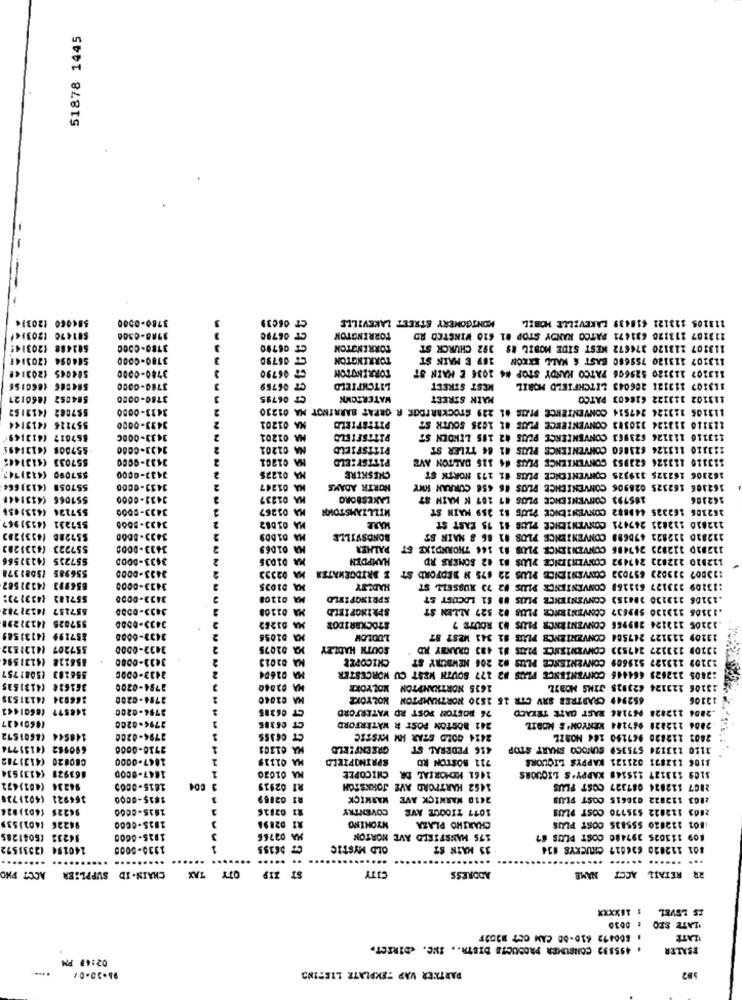
51878 1445
584060 120314
3780-0500
CT 06039
MONTGOMERY STREET LAKEVILLE
118105 113121 618439 LAKEVILLE MOBIL
501470 1203)</
CT 06780
TORRINGTON
113107 113120 631471 PATCO RANDY STOP #1 610 WINSTED RD
501488 120314
3780-0000
CT 06780
TORRENOTON
113107 213120 374672 WEST SIDE MOBIL #9 392 CHURCH ST
506094 (203141
3780-0000
CT 06790
TORRINGTON
113107 113120 755680 BAST & MALL EXKON 169 E MAIN ST
7 06790
TORRINGTON
113107 113120 525606 PATCO KANDY STOP #4 1036 E MAIN ST
3780-0000
3780-0000
CT 06759
LITCHFIELD
KEST STREET
113107 113121 206043 LITCHFIELD MORIL
584052 1860127
3780-0000
CT 06795
WATERTONK
MAIK STREET
113102 113322 618603 PATCO
5$7082 (413152
3433-0000
113105 113324 247514 CONVENIENCE PIAS A1 229 STOCKBRIDGE R GREAT BARRINOT NA 01230
557226 1413144
3433-0000
NA 01201
PITESPIELO
[13116 113124 320383 CONVENIENCE FLUS #1 1025 SOUTH ST
857017 (413:49
3433-0000
MA 01201
PITTSFIELD
113116 113126 623963 CONVENIENCE PEUS 42 105 LINDEN ST
557008 (4121495
NA 01201
PITTSFIELD
111110 111126 623860 CONVENIENCE PLUS #1 64 TYLER ST
557033 (4131445
3433-9000
MA 01201
PITTSFIELD
113110 113326 623953 CONVENIENCE PLUS #4 115 DALTON AVE
SS7080 (4131747
3433-0000
NA 01225
CHESHIRE
162306 162325 319325 CONVENIENCE PLUS #1 173 NORTH ST
SS7058 (4131664
1431-0000
NA 01247
NORTH ADAMS
162306 162325 026906 CONVENIENCE PLOS #6 4SE CURRAN HOGY
551066 (413144F
3431-0000
MA 01237
LAKESBORO
185793 CONVENIENCE PLOS 41 167 K KATH 87
162306
$57226 (4131436
3433-9000
MA 01267
WILLIAMSTOWN
362106 162325 440882 CONVENIENCE PLUS $1 259 MAIN ST
MA 01082
537231 (453)967
3433-8000
222810 112823 247471 CONVENIENCE PLUS 11 15 FAST ST
$57288 (433)283
MA 01009
BONDSVILLE
112810 112822 470698 CONVENIENCE PLOS #1 86 8 MAIN ST
S57223 (4133283
3433-0000
MA 01069
PALHER
112810 112823 247486 CONVENIENCE PLUS 82 144 THORNDIKE ST
(413)566
$57235
3433-DODD
MA 01035
HAMPDEN
112810 212823 247492 CONVENIENCE PLUS 81 42 SOMERS RD
556985 (508)378
BRIDGEWATER
113007 313023 657032 CONVENIRICE PLUS 22 675 N BEDFORD S
3433-0000
MA 02333
656993 (4131587
1433-0000
MA 01035
HADLEY
:13109 233127 632168 CONVENIENCE PLUS #2 73 RUSSELL ST
557282 (423173:
3433-0000
MA 01108
SPRINGFIELD
.13106 113130 384153 CONVENIENCE PLUS #9 61 LOCUST ST
557257 14221782
3433-0550
MA 01108
SPRINGFIELD
.11308 213130 599637 CONVENIENCE PLUS 82 527 ALLEN ST
.12205 112124 389966 CONVENIRNER PLUS #3 ROUTE ?
557825 14132291
3433-0500
NA 03262
STOCKBRIDOR
857199 14131589
3433-6000
MA 01056
LUDLOW
13209 213127 247504 CONVENIENCE PLUS 51 341 M287 87
357207 (4121822
3432-0000
MCA 02075
SOUTH HADLEY
FS: 13109 113127 24753) CONVENIENCE PLUS #1 483 GRANBY RD
856228 14131594
3433-0000
MA 02013
CHICOPEE
23109 123127 519609 CONVENIENCE PLUS #2 206 NEWBURY ST
356283 (3081757
3433-0000
MA 02604
:2805 122623 464446 CONVENIENCE PLUS #2 177 SOUTH WEST CU WORCESTER
361628 (4131535
2754-0200
MA 02040
1615 NORTHAMPTON HOLYOKE
13106 122124 623925 JINS MOBIL
166924 (4121539
2794-0200
652949 CRABTREE SRV CIR 15 1520 NORTHAMPTON HOLYOKE
12106
148577 (8601442
2754-0200
CT 06285
76 BOSTON POST RD WATERFORD
.2806 112828 967184 RAST GAZE TEXACO
CT 06345
241 BOSTON POST R WATERFORD
2794-0200
2806 112228 967244 KENYON'S MOBIL
148544 (8601572
2794-0200
CT OG355
2414 GOLD STAR HW KYSTIC
2802 112820 967290 164 MORZE
690982 (4135774
2730-0006
MA 01301
416 FEDERAL ST
3120 133126 575359 SUNOCO SMART STOP
C80820 (413)712
1847-0000
MA 01119
SPRINGFIELD
712 BOSTON RD
3106 132871 021121 KAPPYS LIQUORS
163928 (4131534
1461 MEMORIAL DR CHICOPEE
1847-0000
NA 01020
3109 113127 115148 KAPPY'S LIQUORS
94234 (461)472
1815-0005
RI 02119
1452 HARTFORD AVE JOHNSTON
2107 112824 087327 COST PLUS
164921 (4021738
1835-0000
RI 02169
2410 WARWICK AVE MARKICK
2803 112822 036615 COST PLASS
96225 16031824
1815-8000
21 02016
COVENTRY
1077 TIOQUE AVE
2003 112822 515170 COST PLUS
94226 (4021539
WYOMING
1835-0000
RI 02898
CHARIHO PLAZA
1801 112820 555835 COST PLUS
54232 (5041285
1825-6600
A 02766
175 MANSFIELD AVE NORTON
HO9 113025 397480 COST PLUS 87
140194 12531572
1330-6000
CT DEISS
OLD MYSTIC
33 MAIN ST
001 112020 636617 CHUCKYS #34
... .....
....
.........
OTY TAX
ST Z19
CITY
ACCT PHO
CHAIN.ID SUPPLIER
ADDRESS
NAME
RR RETAIL ACCT
IS LEVEL
: 0030
LATE SEO
806472 610-80 CAM OCT 2252F
ILATE
. 495899 CONSUMER PRODUCTS DIETR .. INC. «DIRECT»
ESALER
02:43 PM
PARTKER VAP TEMPLATE LISTING